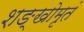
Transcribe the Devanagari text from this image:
शङ्खोमृतं